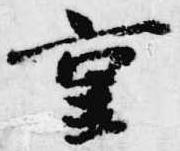
重